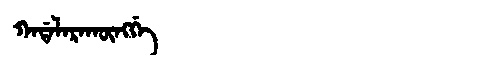
Manchu: ᡴᠠᡩᠠᠯᠠᡵᠠᡴᡡᠩᡤᡝ
Romanization: KADALARAKŪNGGE